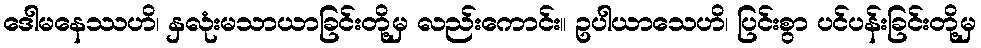
ဒေါမနေဿဟိ၊ နှလုံးမသာယာခြင်းတို့မှ လည်းကောင်း။ ဥပါယာသေဟိ၊ ပြင်းစွာ ပင်ပန်းခြင်းတို့မှ